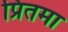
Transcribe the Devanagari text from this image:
प्रितमा